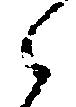
之